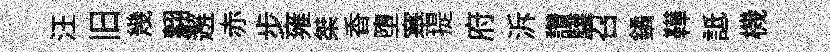
汪旧幾翿邂赤步雍桀香墮塞提府泝讚驩召鐍鞾詆機